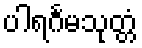
ပါရင်္ဂမသုတ္တံ